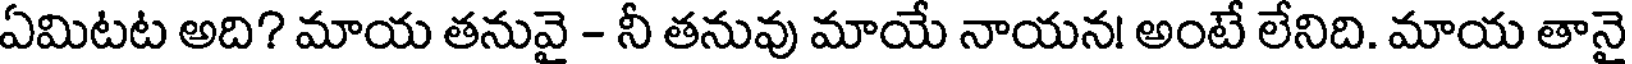
ఏమిటట అది? మాయ తనువై - నీ తనువు మాయే నాయన! అంటే లేనిది. మాయ తానై